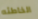
الخاطئه